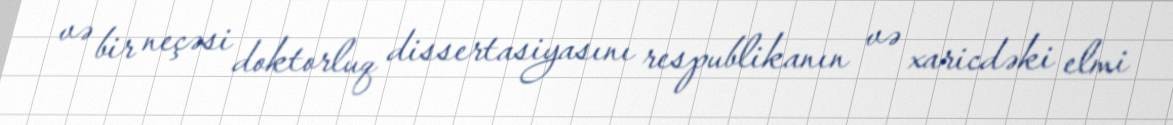
və bir neçəsi doktorluq dissertasiyasını respublikanın və xaricdəki elmi